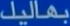
بمازيد